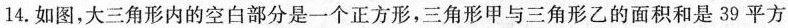
14.如图，大三角形内的空白部分是一个正方形，三角形甲与三角形乙的面积和是39平方